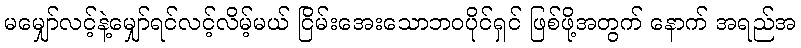
မမျှော်လင့်နဲ့မျှော်ရင်လင့်လိမ့်မယ် ငြိမ်းအေးသောဘဝပိုင်ရှင် ဖြစ်ဖို့အတွက် နောက် အရည်အ